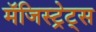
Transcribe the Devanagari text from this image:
मॅजिस्ट्रेट्स